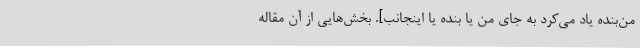
من‌بنده یاد می‌کرد به جای من یا بنده یا اینجانب]. بخش‌هایی از آن مقاله